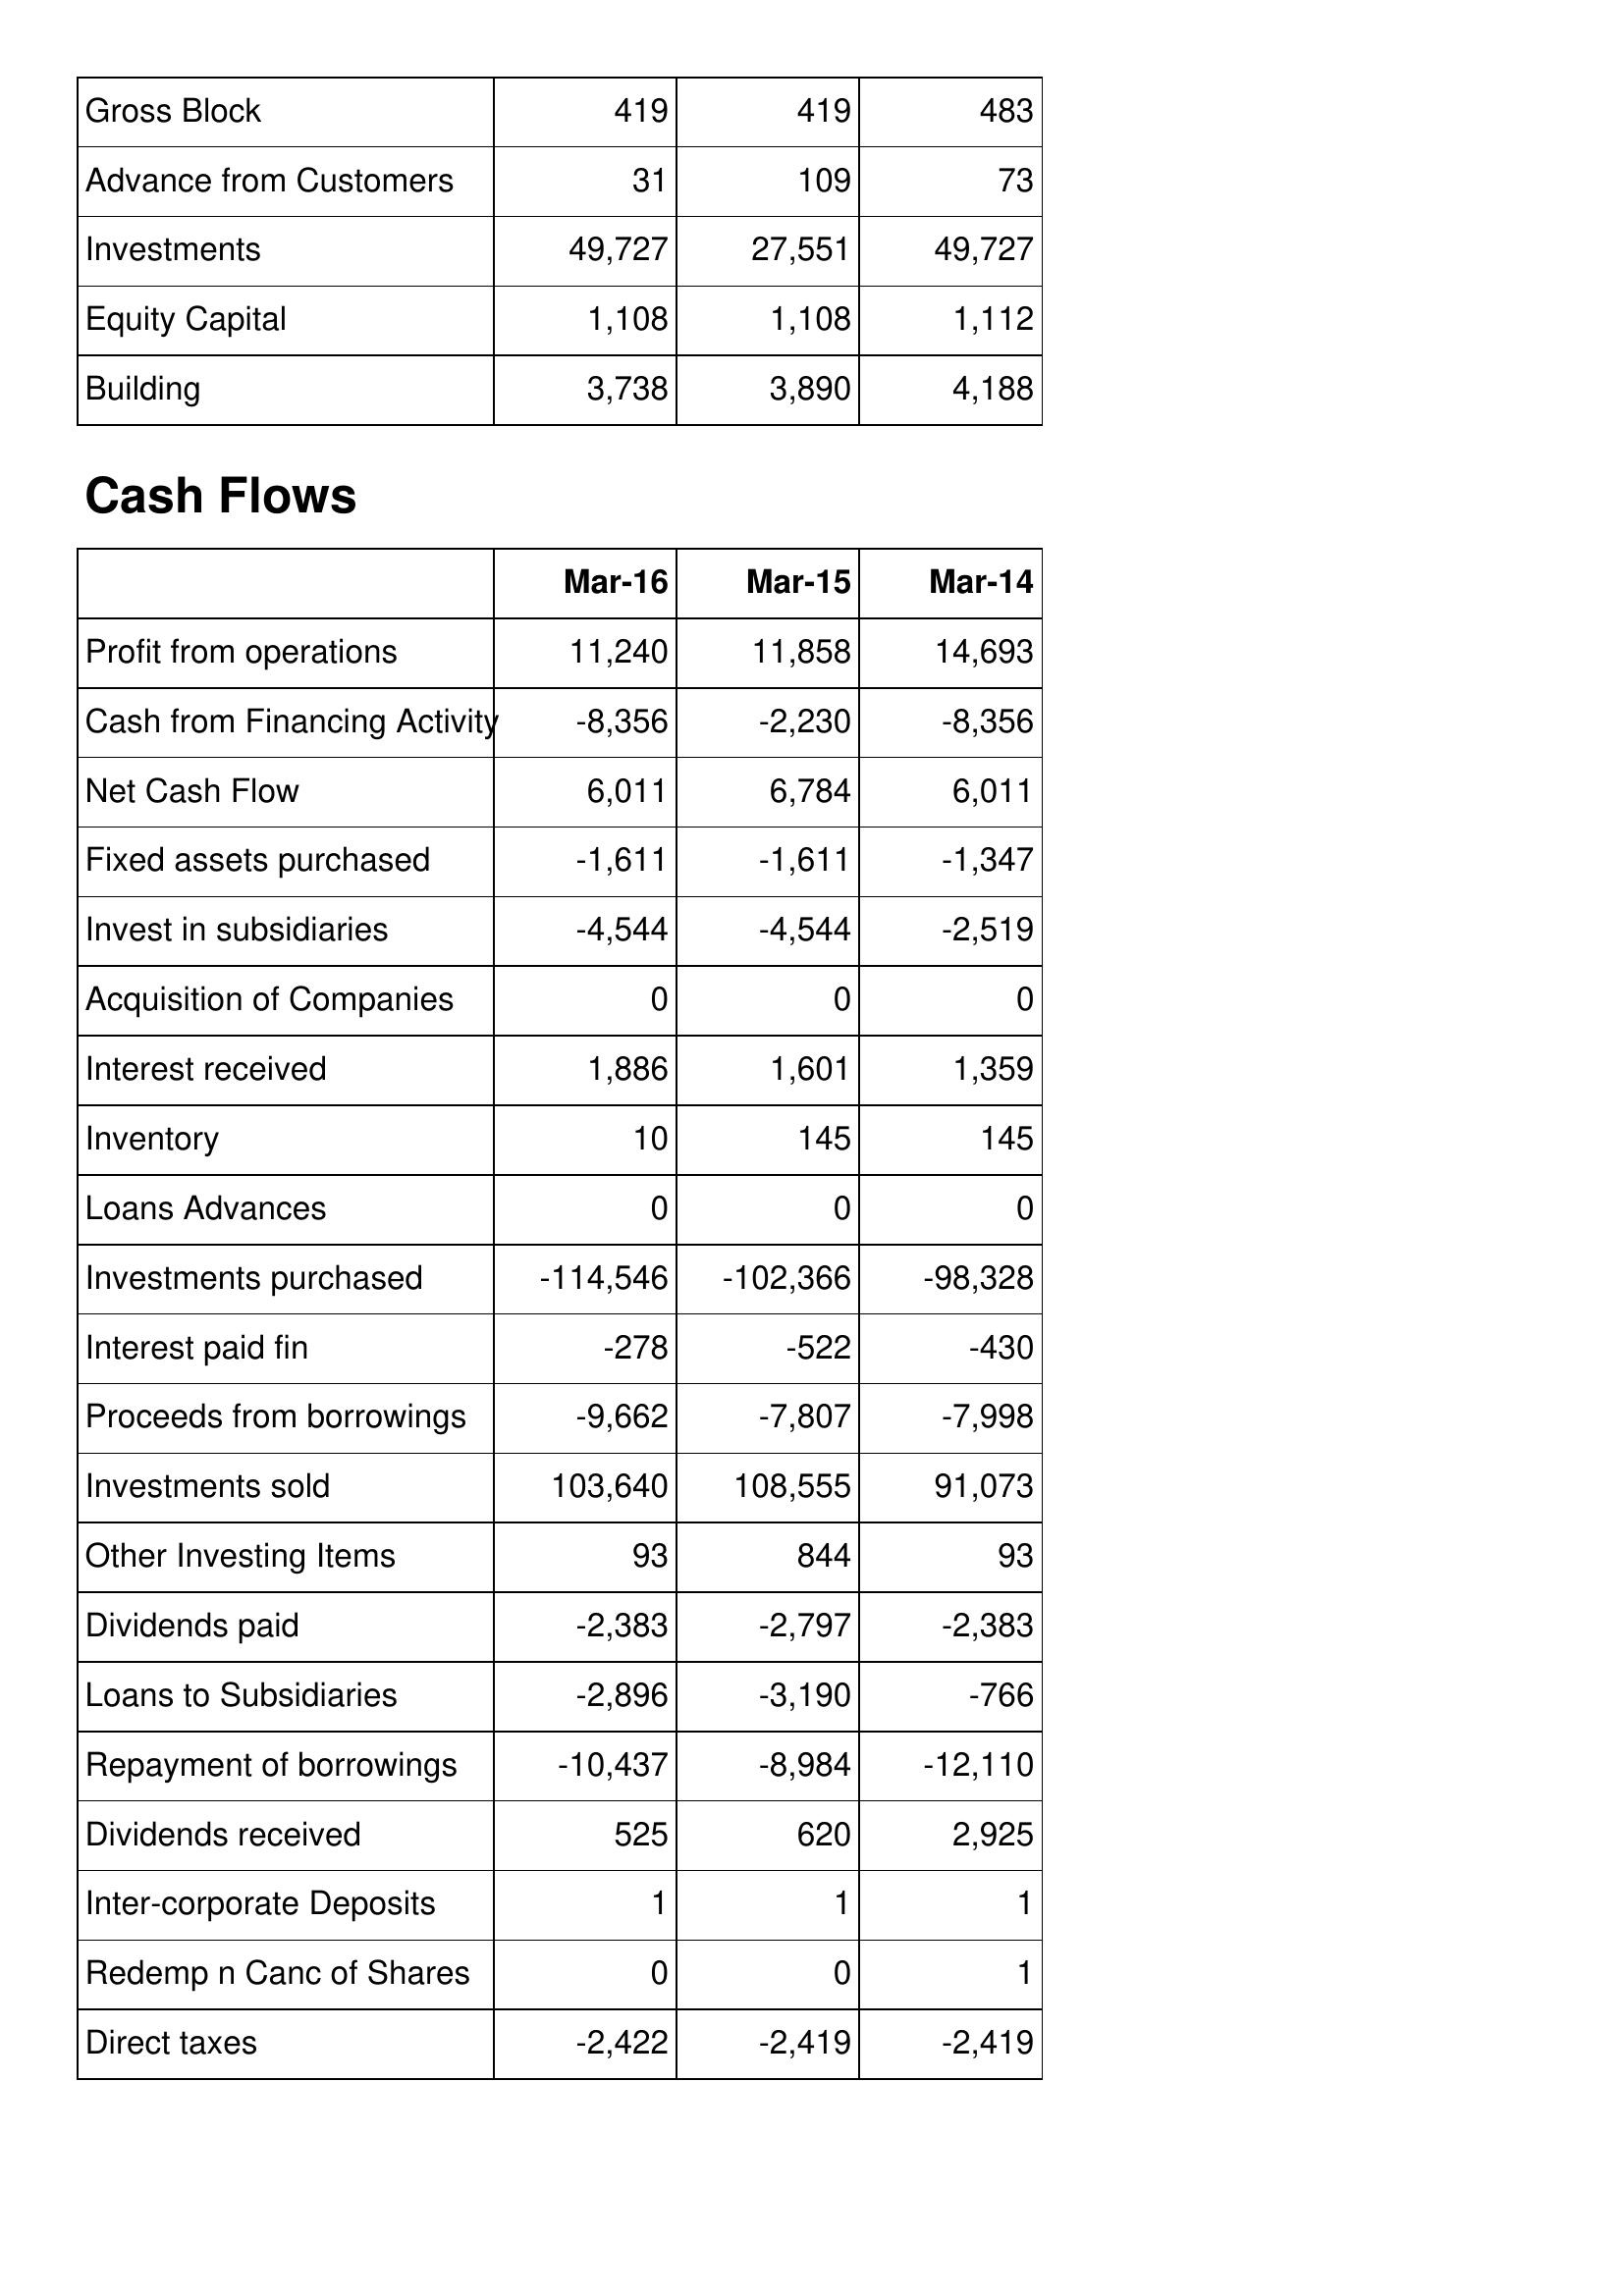
Mar-16: Balance Sheet: Gross Block: 419
Advance from Customers: 31
Investments: 49,727
Equity Capital: 1,108
Building: 3,738
Cash Flows: Profit from operations: 11,240
Cash from Financing Activity: -8,356
Net Cash Flow: 6,011
Fixed assets purchased: -1,611
Invest in subsidiaries: -4,544
Acquisition of Companies: 0
Interest received: 1,886
Inventory: 10
Loans Advances: 0
Investments purchased: -114,546
Interest paid fin: -278
Proceeds from borrowings: -9,662
Investments sold: 103,640
Other Investing Items: 93
Dividends paid: -2,383
Loans to Subsidiaries: -2,896
Repayment of borrowings: -10,437
Dividends received: 525
Inter-corporate Deposits: 1
Redemp n Canc of Shares: 0
Direct taxes: -2,422
Mar-15: Balance Sheet: Gross Block: 419
Advance from Customers: 109
Investments: 27,551
Equity Capital: 1,108
Building: 3,890
Cash Flows: Profit from operations: 11,858
Cash from Financing Activity: -2,230
Net Cash Flow: 6,784
Fixed assets purchased: -1,611
Invest in subsidiaries: -4,544
Acquisition of Companies: 0
Interest received: 1,601
Inventory: 145
Loans Advances: 0
Investments purchased: -102,366
Interest paid fin: -522
Proceeds from borrowings: -7,807
Investments sold: 108,555
Other Investing Items: 844
Dividends paid: -2,797
Loans to Subsidiaries: -3,190
Repayment of borrowings: -8,984
Dividends received: 620
Inter-corporate Deposits: 1
Redemp n Canc of Shares: 0
Direct taxes: -2,419
Mar-14: Balance Sheet: Gross Block: 483
Advance from Customers: 73
Investments: 49,727
Equity Capital: 1,112
Building: 4,188
Cash Flows: Profit from operations: 14,693
Cash from Financing Activity: -8,356
Net Cash Flow: 6,011
Fixed assets purchased: -1,347
Invest in subsidiaries: -2,519
Acquisition of Companies: 0
Interest received: 1,359
Inventory: 145
Loans Advances: 0
Investments purchased: -98,328
Interest paid fin: -430
Proceeds from borrowings: -7,998
Investments sold: 91,073
Other Investing Items: 93
Dividends paid: -2,383
Loans to Subsidiaries: -766
Repayment of borrowings: -12,110
Dividends received: 2,925
Inter-corporate Deposits: 1
Redemp n Canc of Shares: 1
Direct taxes: -2,419